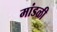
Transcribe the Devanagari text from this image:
मांडळी